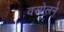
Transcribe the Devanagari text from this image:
वसोलने